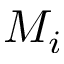
M _ { i }